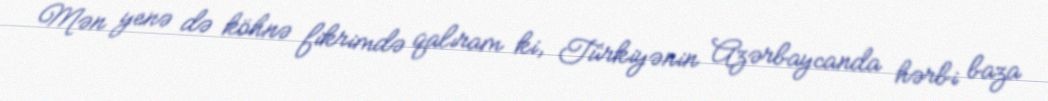
Mən yenə də köhnə fikrimdə qalıram ki, Türkiyənin Azərbaycanda hərbi baza